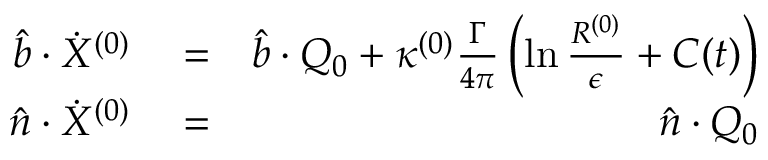
\begin{array} { r l r } { \hat { b } \cdot \dot { X } ^ { ( 0 ) } } & { { } = } & { \hat { b } \cdot Q _ { 0 } + \kappa ^ { ( 0 ) } \frac { \Gamma } { 4 \pi } \left( \ln \frac { R ^ { ( 0 ) } } { \epsilon } + C ( t ) \right) } \\ { \hat { n } \cdot \dot { X } ^ { ( 0 ) } } & { { } = } & { \hat { n } \cdot Q _ { 0 } } \end{array}